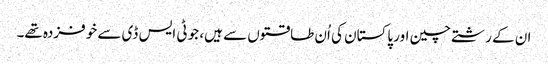
ان کے رشتے چین اور پاکستان کی اُن طاقتوں سے ہیں، جو ٹی ایس ڈی سے خوفزدہ تھے۔